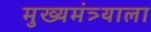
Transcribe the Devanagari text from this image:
मुख्यमंत्र्याला